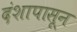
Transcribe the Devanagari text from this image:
दंशापासून